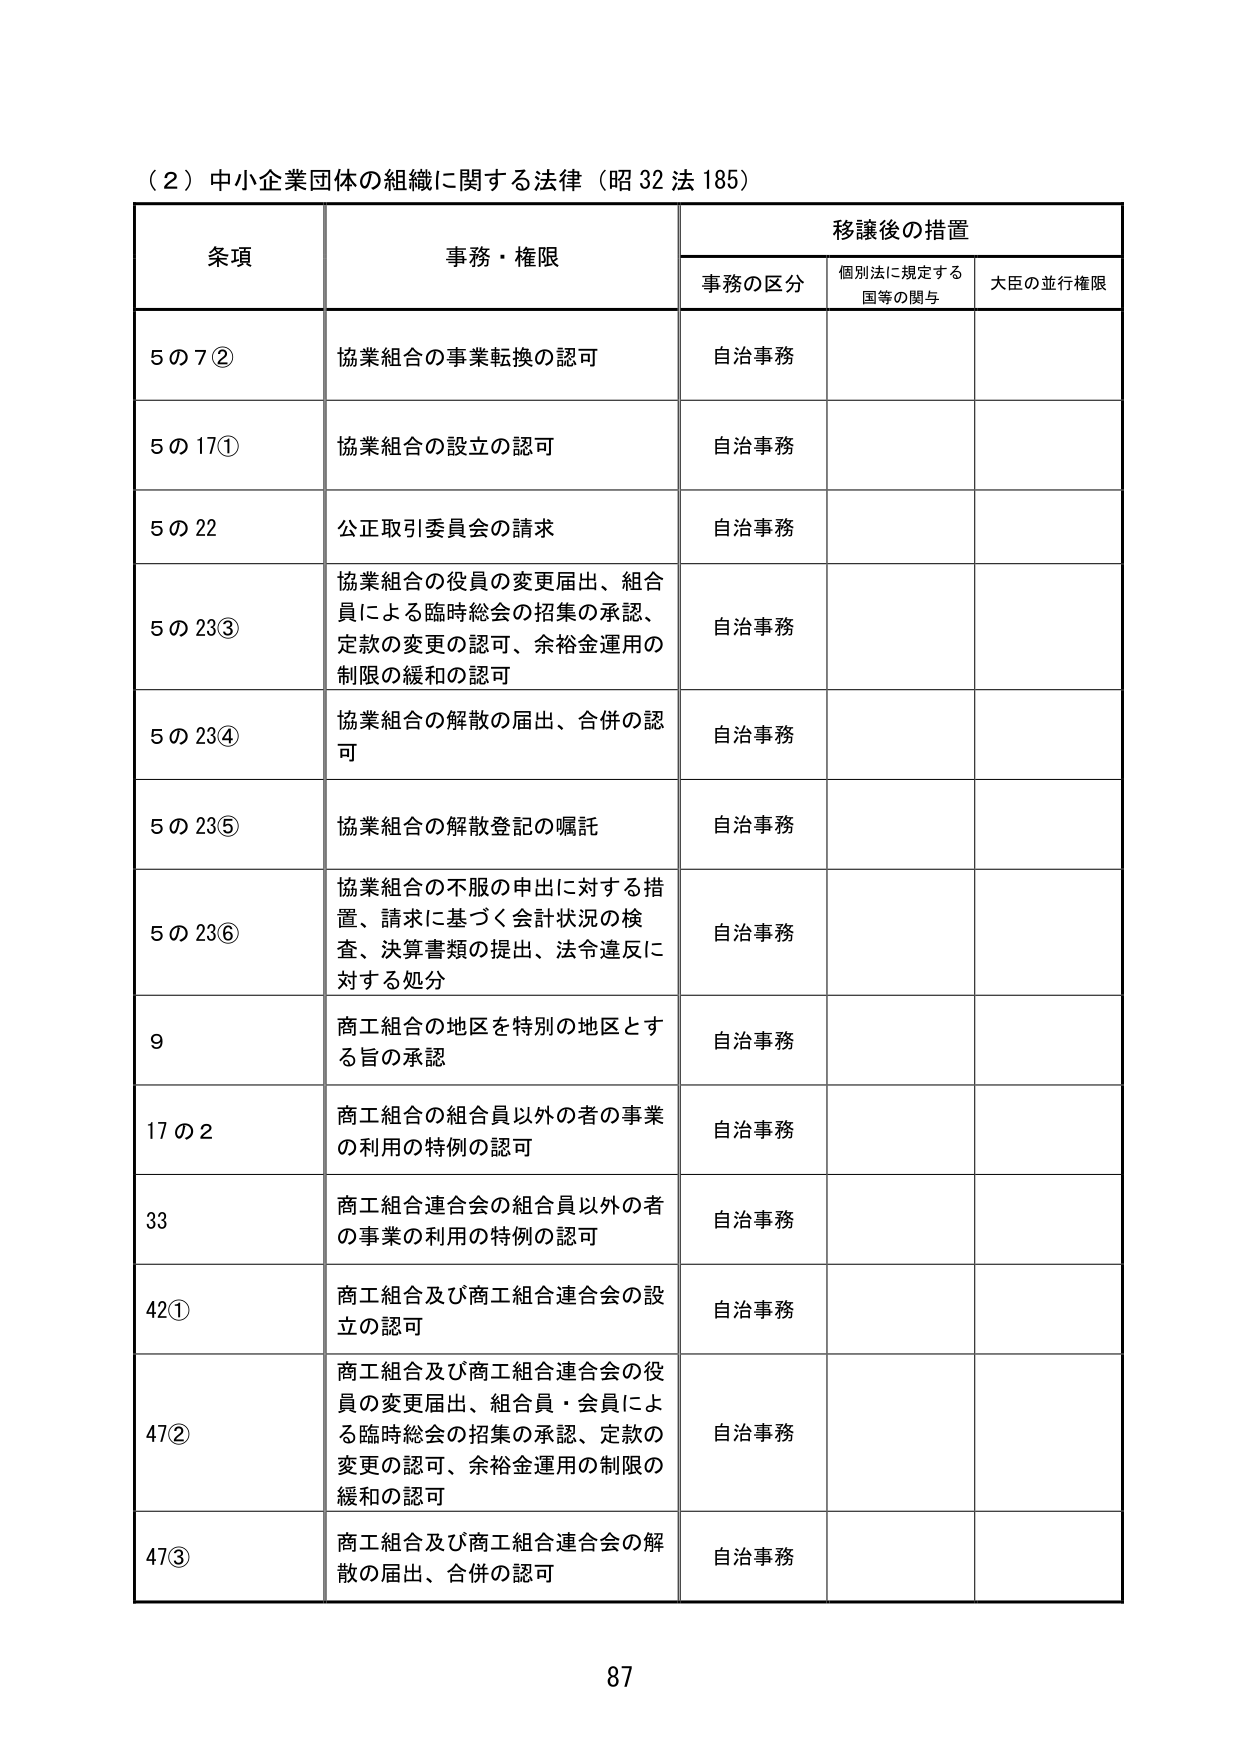
（2）中小企業団体の組織に関する法律（昭32法185）

条項  事務・権限  移譲後の措置
　　　　　　　　　　事務の区分　個別法に規定する国等の関与　大臣の並行権限

5の7②　協業組合の事業転換の認可　自治事務

5の17①　協業組合の設立の認可　自治事務

5の22　公正取引委員会の請求　自治事務

5の23③　協業組合の役員の変更届出、組合員による臨時総会の招集の承認、定款の変更の認可、余裕金運用の制限の緩和の認可　自治事務

5の23④　協業組合の解散の届出、合併の認可　自治事務

5の23⑤　協業組合の解散登記の嘱託　自治事務

5の23⑥　協業組合の不服の申出に対する措置、請求に基づく会計状況の検査、決算書類の提出、法令違反に対する処分　自治事務

9　商工組合の地区を特別の地区とする旨の承認　自治事務

17の2　商工組合の組合員以外の者の事業の利用の特例の認可　自治事務

33　商工組合連合会の組合員以外の者の事業の利用の特例の認可　自治事務

42①　商工組合及び商工組合連合会の設立の認可　自治事務

47②　商工組合及び商工組合連合会の役員の変更届出、組合員・会員による臨時総会の招集の承認、定款の変更の認可、余裕金運用の制限の緩和の認可　自治事務

47③　商工組合及び商工組合連合会の解散の届出、合併の認可　自治事務

87